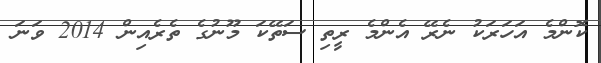
ކޮންމެ އަހަރަކު ނެރޭ އެންމެ ރީތި ސަތޭކަ މޫނުގެ ތެރެއިން 2014 ވަނަ